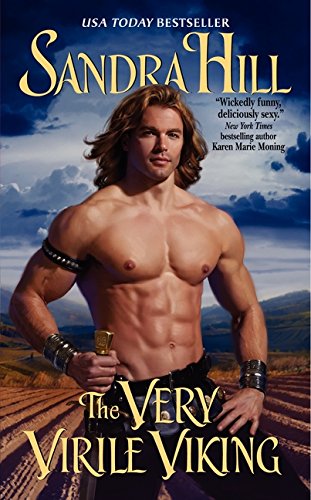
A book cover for The Very Virile Viking (Viking II); Sandra Hill; Romance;